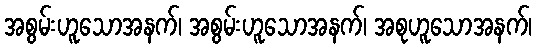
အစွမ်းဟူသောအနက်၊ အစွမ်းဟူသောအနက်၊ အစုဟူသောအနက်၊